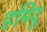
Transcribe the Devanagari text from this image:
हमिदू